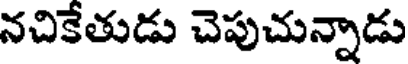
నచికేతుడు చెపుచున్నాడు